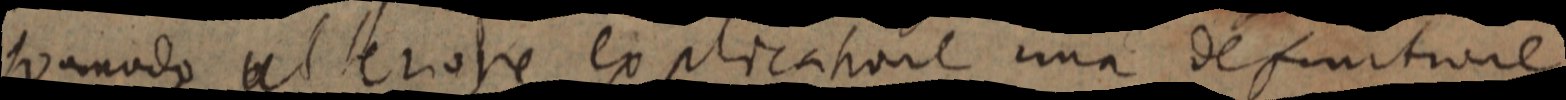
quamodo ulterore explicatione una definitione